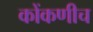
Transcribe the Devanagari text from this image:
कोंकणीच